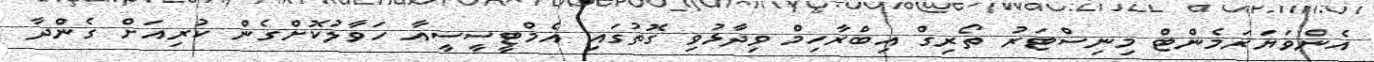
އެންވަޔަރަމެންޓް މިނިސްޓަރު ތޯރިގް އިބްރާހިމް ވިދާޅުވި ގޮތުގައި އެމްޓީސީސީއާ ހަވާލުކޮށްގެން ކުރިއަށް ގެންދާ